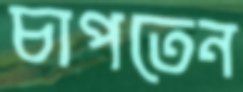
চাপতেন